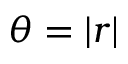
\theta = \vert r \vert